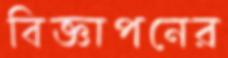
বিজ্ঞাপনের